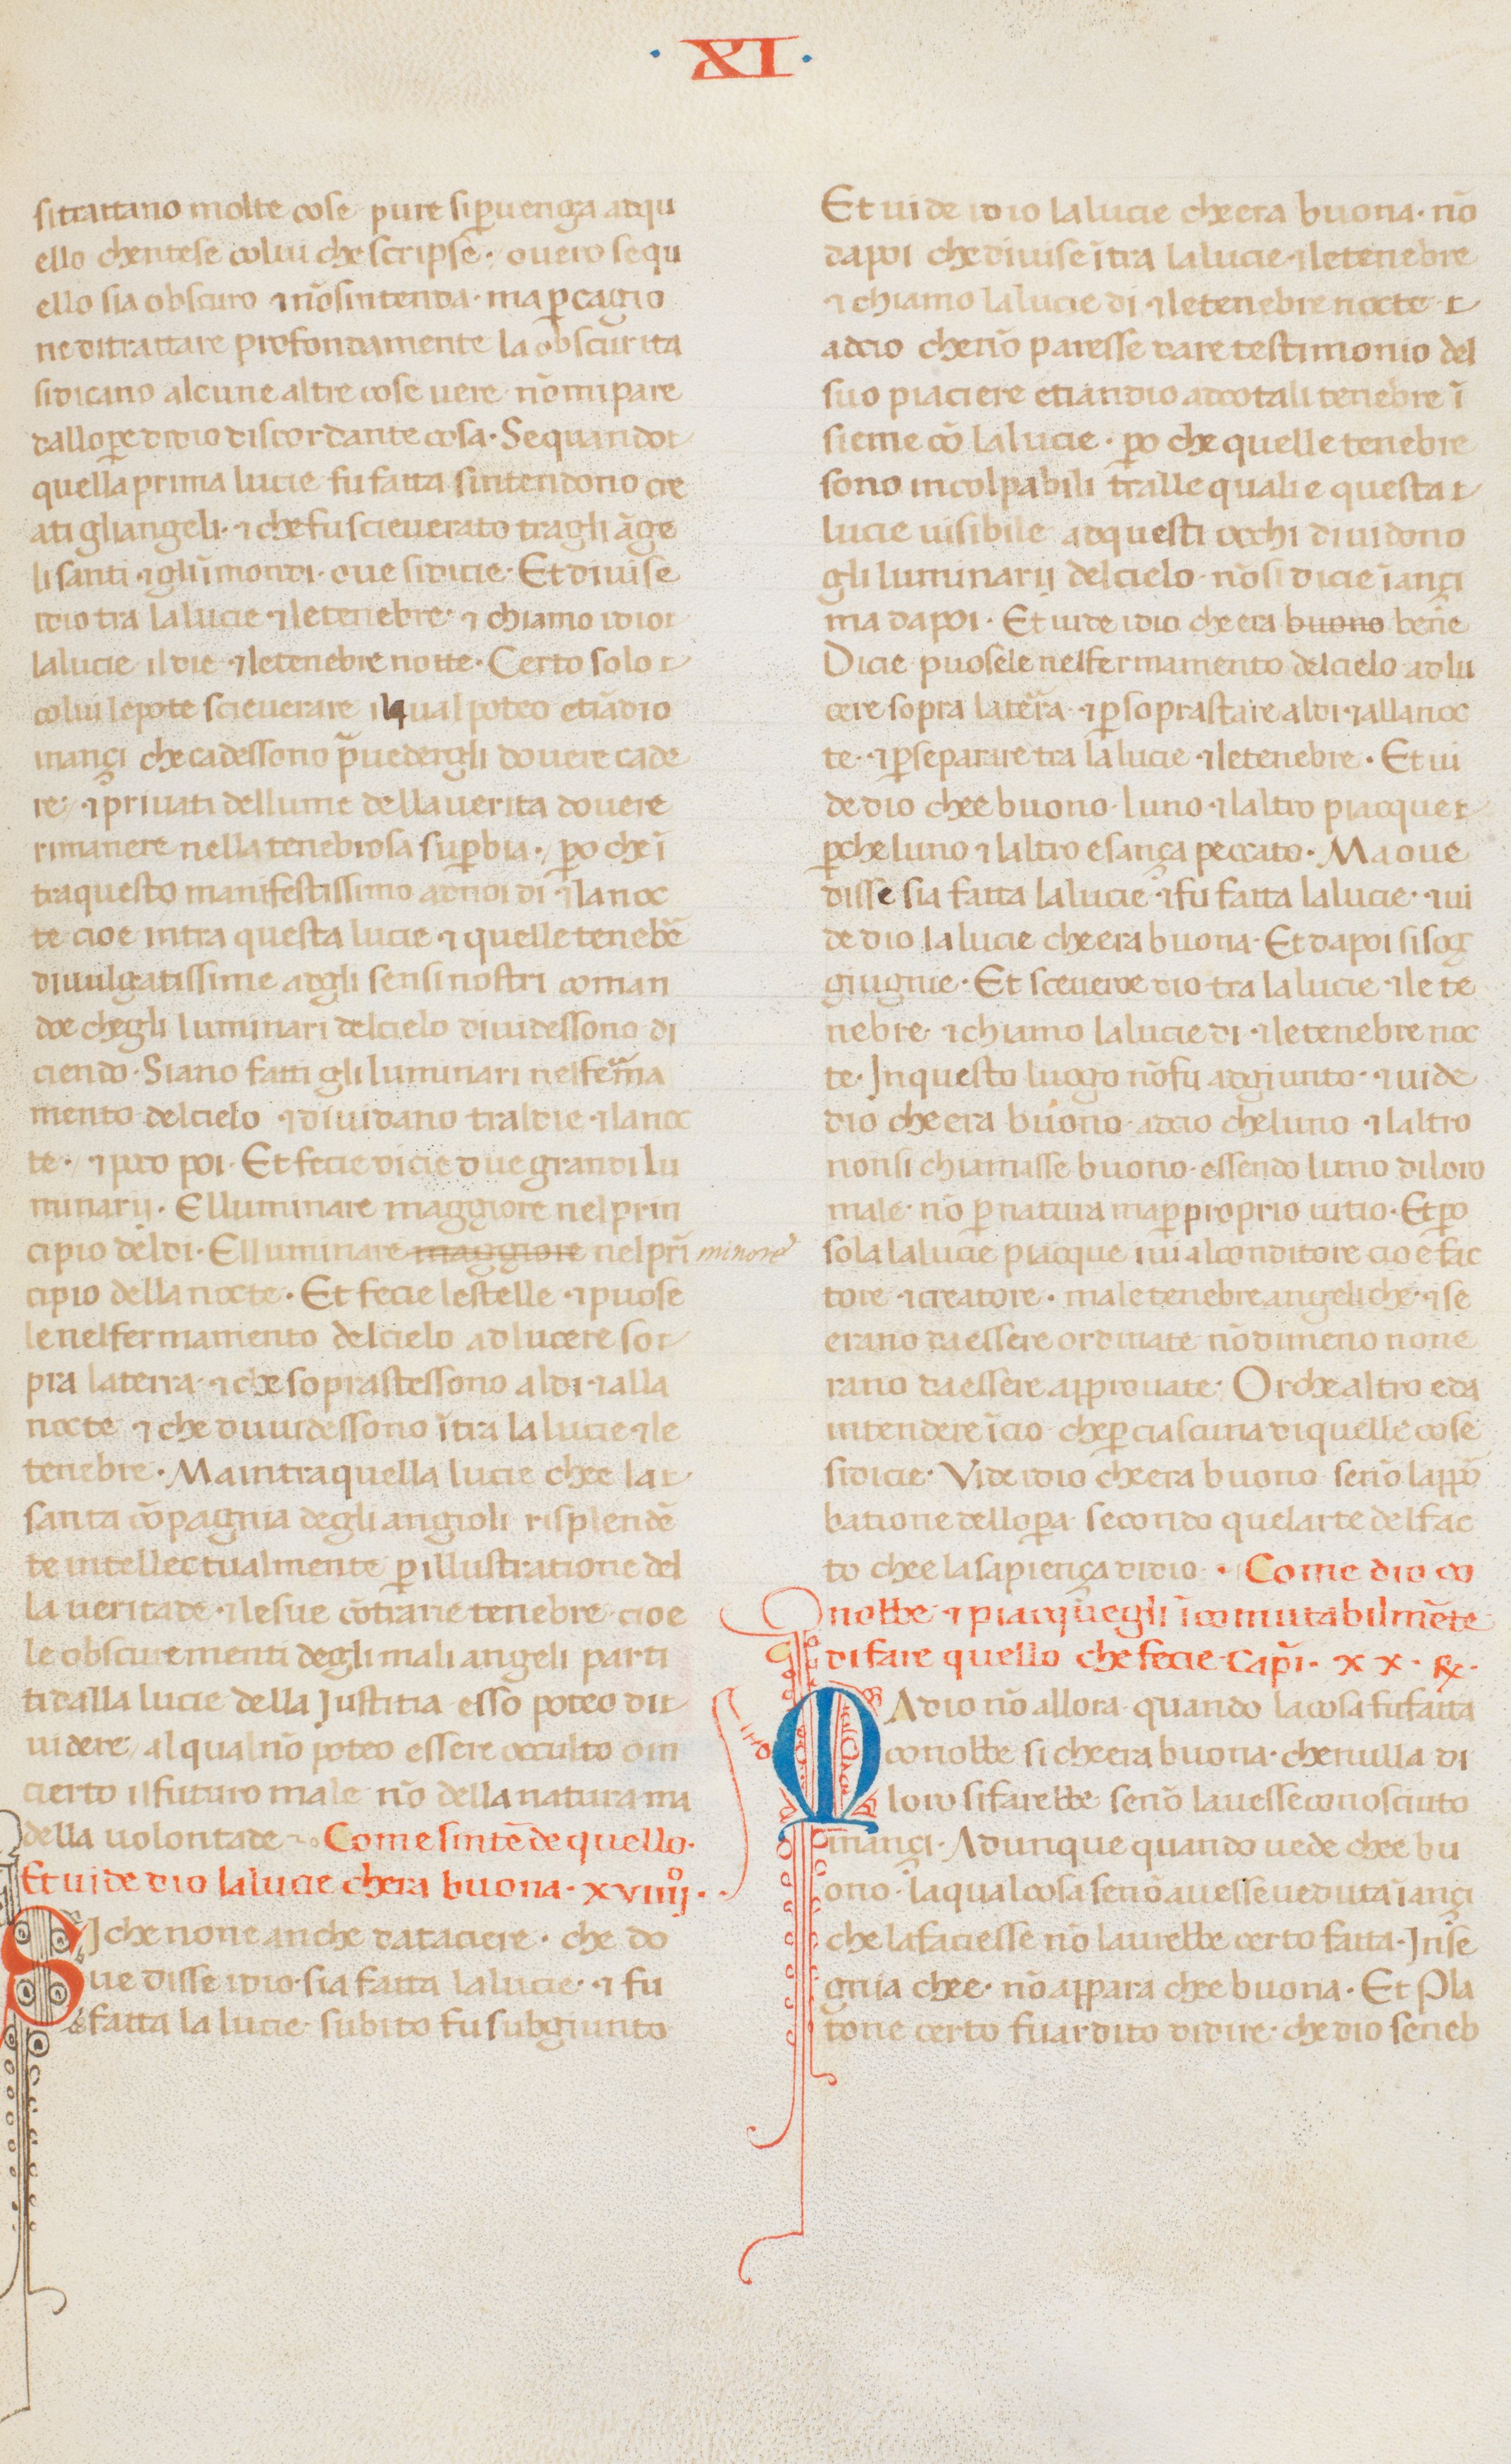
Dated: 1300–1399